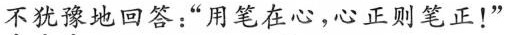
不犹豫地回答：”用笔在心，心正则笔正！”